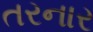
તરનાર